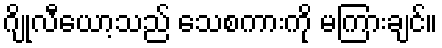
ဂျိုလီယော့သည် သေစကားကို မကြားချင်။